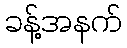
ခန့်အနက်